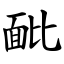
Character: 䩃